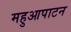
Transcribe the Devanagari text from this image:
महुआपाटन